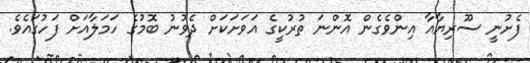
ފެށުނީ ސޫރިޔާއާ އިންވެގެން އޮންނަ ތުރުކީގެ އަވަށަކަށް ދެވުނު ބޮމުގެ ހަމަލާއަށް ފަހުގައެވެ.